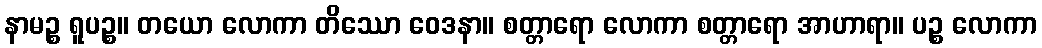
နာမဉ္စ ရူပဉ္စ။ တယော လောကာ တိဿော ဝေဒနာ။ စတ္တာရော လောကာ စတ္တာရော အာဟာရာ။ ပဉ္စ လောကာ